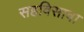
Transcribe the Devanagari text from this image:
सहविसावा